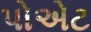
પોએટ